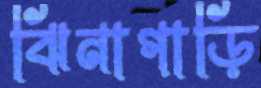
ঝিনাগাড়ি